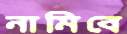
নামিবে